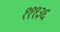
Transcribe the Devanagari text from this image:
१११३६